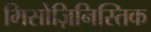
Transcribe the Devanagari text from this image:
मिसोज़िनिस्तिक